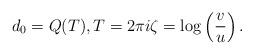
LaTeX: \begin{align*} d_0 = Q(T), T = 2 \pi i \zeta = \log \left( \frac{v}{u} \right) .\end{align*}